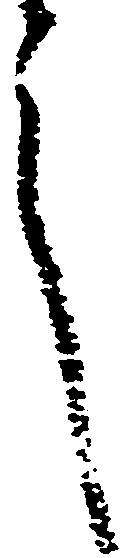
言